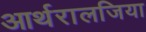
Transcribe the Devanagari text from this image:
आर्थरालजिया